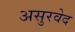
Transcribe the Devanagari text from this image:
असुरवेद